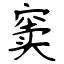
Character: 窦